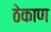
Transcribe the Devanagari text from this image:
ठेकाण